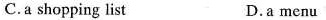
C.a shopping list D.a menu